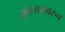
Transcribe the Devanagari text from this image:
अवतारावरुन